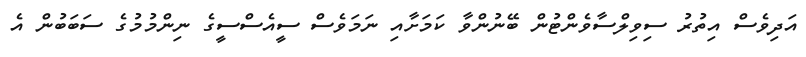
އަދިވެސް އިތުރު ސިވިލްސާވެންޓުން ބޭނުންވާ ކަމަށާއި ނަމަވެސް ސީއެސްސީގެ ނިންމުމުގެ ސަބަބުން އެ